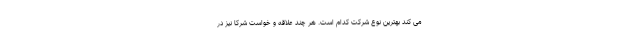
می کند بهترین نوع شرکت کدام است. هر چند علاقه و خواست شرکا نیز در